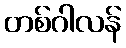
တစ်ဂါလန်